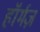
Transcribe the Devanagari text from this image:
हॉर्मज़